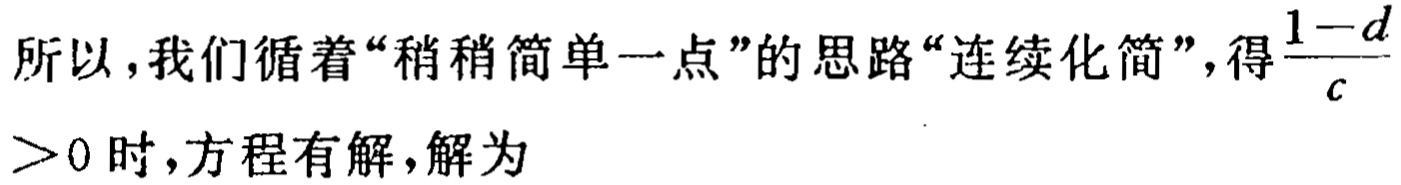
所以，我们循着“稍稍简单一点”的思路“连续化简”，得$\frac{1 - d}{c} > 0$时，方程有解，解为